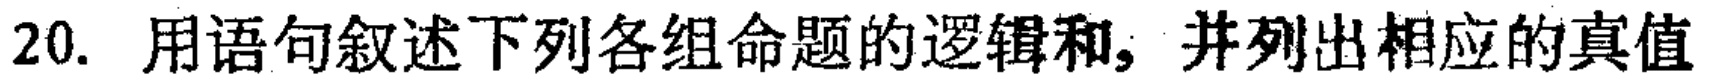
20. 用语句叙述下列各组命题的逻辑和，并列出相应的真值